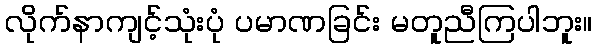
လိုက်နာကျင့်သုံးပုံ ပမာဏခြင်း မတူညီကြပါဘူး။